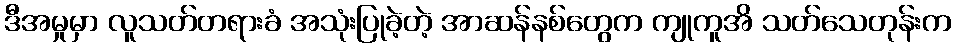
ဒီအမှုမှာ လူသတ်တရားခံ အသုံးပြုခဲ့တဲ့ အာဆန်နစ်တွေက ကျုကူအိ သတ်သေတုန်းက